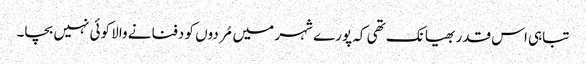
تباہی اس قدر بھیانک تھی کہ پورے شہر میں مُردوں کو دفنانے والا کوئی نہیں بچا۔